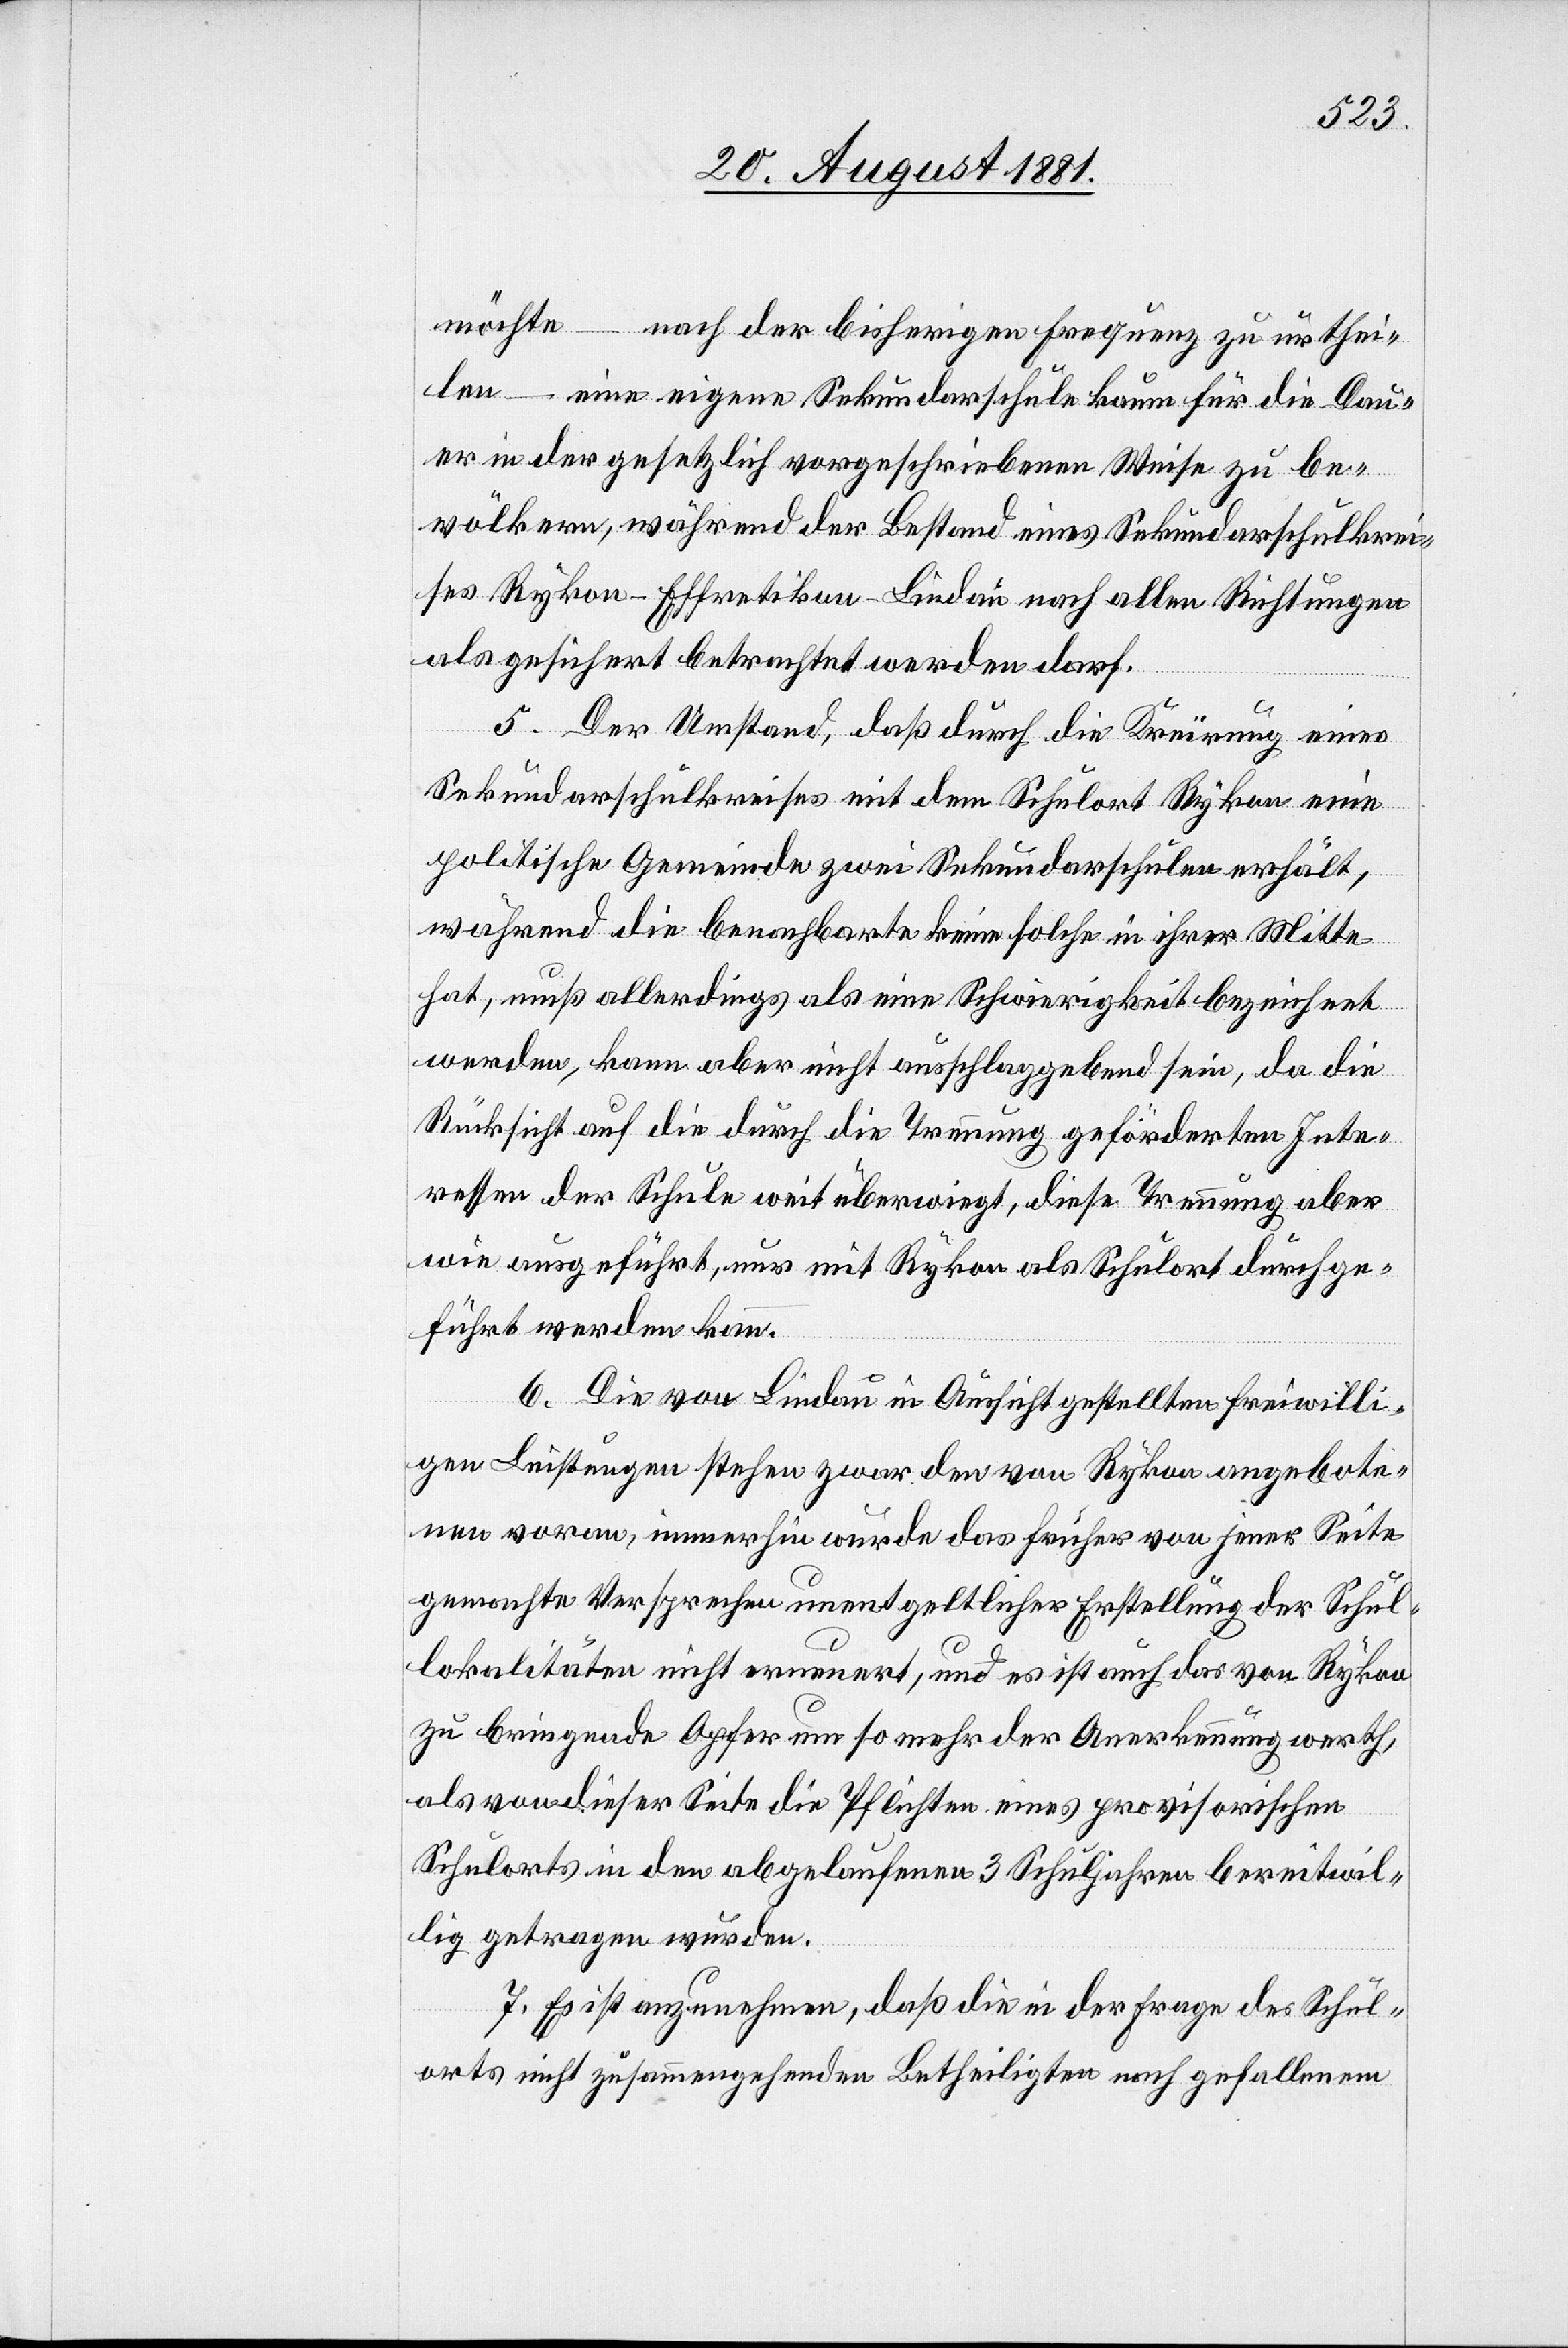
möchte – nach der bisherigen Frequenz zu urthei¬
len – eine eigene Sekundarschule kaum für die Dau¬
er in der gesetzlich vorgeschriebenen Weise zu be¬
völkern, während der Bestand eines Sekundarschulkrei¬
ses Rykon - Effretikon - Lindau nach allen Richtungen
als gesichert betrachtete werden darf.
5. Der Umstand, daß durch die Kreirung eines
Sekundarschulkreises mit den Schulort Rykon eine
politische Gemeinde zwei Sekundarschulen erhält,
während die benachbarte keine solche in ihrer Mitte
hat, muß allerding als eine Schwierigkeit bezeichnet
werden, kann aber nicht ausschlaggebend sein, da die
Rücksicht auf die durch die Trennung geförderten Inte¬
ressen der Schule weit überwiegt, diese Trennung aber
wie ausgeführt, nur mit Rykon als Schulort durchge¬
führt werden kann.
6. Die von Lindau in Aussicht gestellten freiwilli¬
gen Leistungen stehen zwar den von Rykon angebote¬
nen voran, immerhin wurde das früher von jener Seite
gemachte Versprechen unentgeltlicher Erstellung der Schul¬
lokalitäten nicht erneuert, und es ist auch das von Rykon
zu bringende Opfer um so mehr der Anerkennung werth,
als von dieser Seite die Pflichten eines provisorischen
Schulorts in den abgelaufenen 3 Schuljahren bereitwil¬
lig getragen wurden.
7. Es ist anzunehmen, daß die in der Frage des Schul¬
orts nicht zusammengehenden Betheiligten nach gefallenem